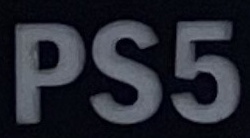
PS5